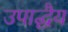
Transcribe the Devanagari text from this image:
उपाद्धैय